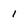
Character: 1